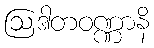
ဩဒါတဝဏ္ဏာနိ